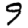
Digit: 9